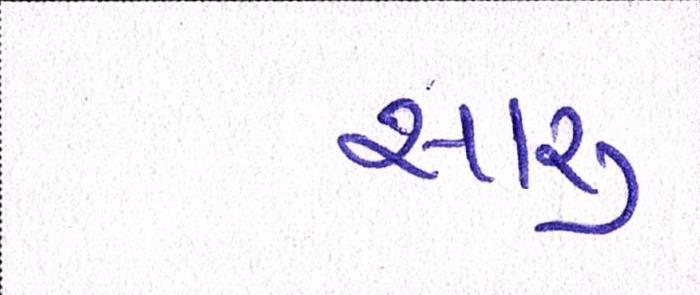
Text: સારુ